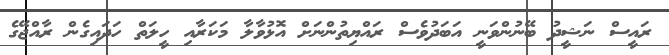
ރައީސް ނަޝީދު ބޭނުންވަނީ އަބަދުވެސް ރައްޔިތުންނަށް އޮޅުވާލާ މަކަރާއި ހީލަތް ހަދައިގެން ރާއްޖޭގެ